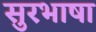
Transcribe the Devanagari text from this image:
सुरभाषा